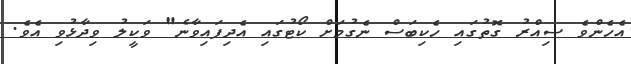
އެހެންވެ ސިއްރު ގޮތުގައި ހެކިބަސް ނެގުމަށް ކޯޓުގައި އެދިފައިވާނެ" ވަކީލު ވިދާޅުވި އެވެ.